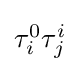
{\textstyle \tau _{i}^{0}\tau _{j}^{i}}